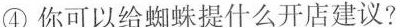
④ 你可以给蜘蛛提什么开店建议?